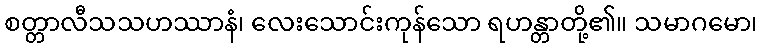
စတ္တာလီသသဟဿာနံ၊ လေးသောင်းကုန်သော ရဟန္တာတို့၏။ သမာဂမော၊